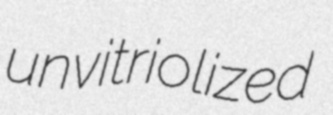
unvitriolized